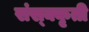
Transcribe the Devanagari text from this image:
संस्क्कृती